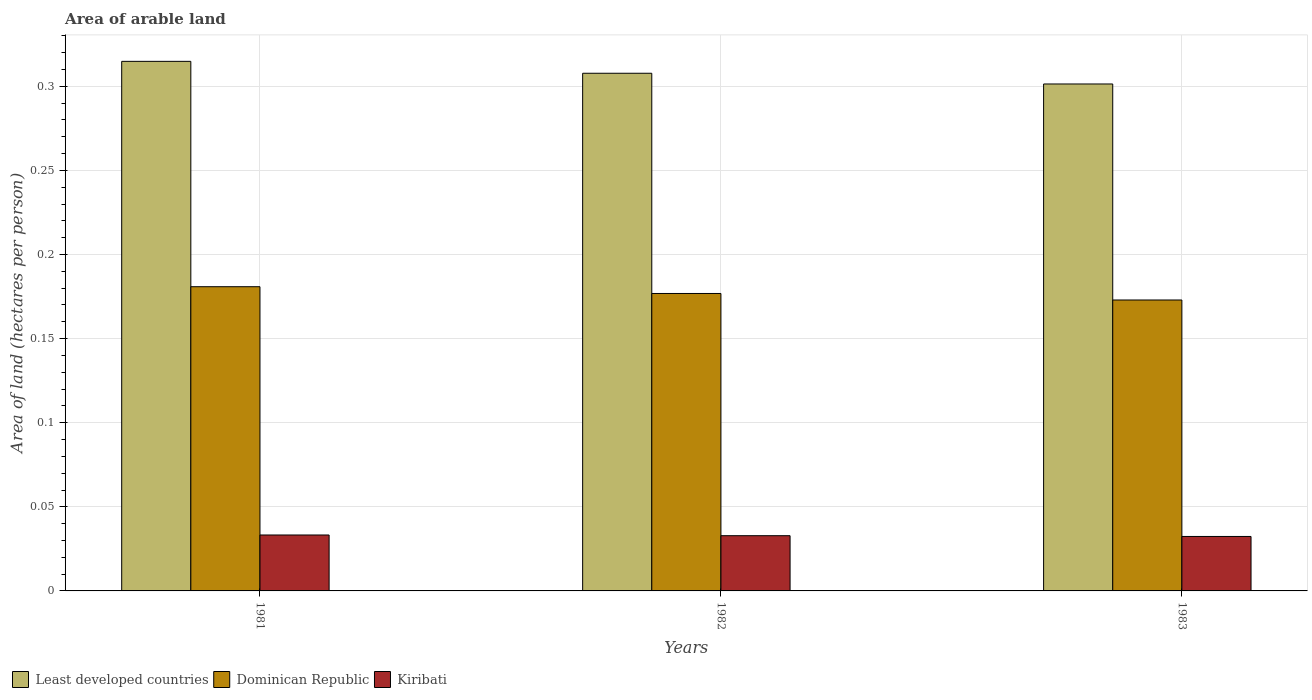
| Years | Least developed countries | Dominican Republic | Kiribati |
 | --- | --- | --- | --- |
 | 1981 | 0.315 | 0.181 | 0.0333 |
 | 1982 | 0.308 | 0.177 | 0.0328 |
 | 1983 | 0.301 | 0.173 | 0.0324 |